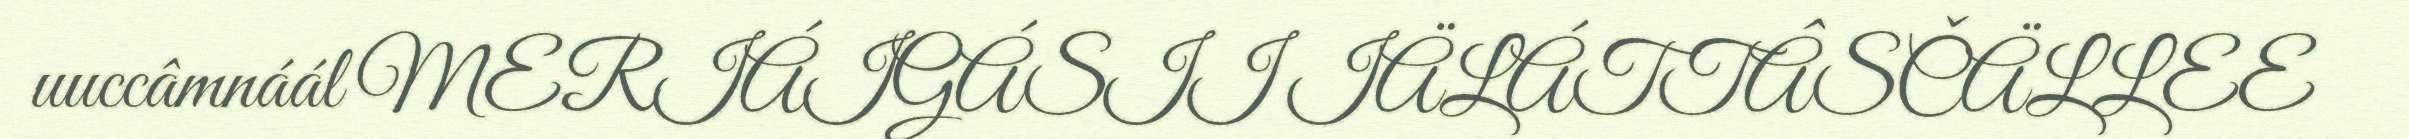
uuccâmnáál MERIÁIGÁSII IÄLÁTTÂSČÄLLEE